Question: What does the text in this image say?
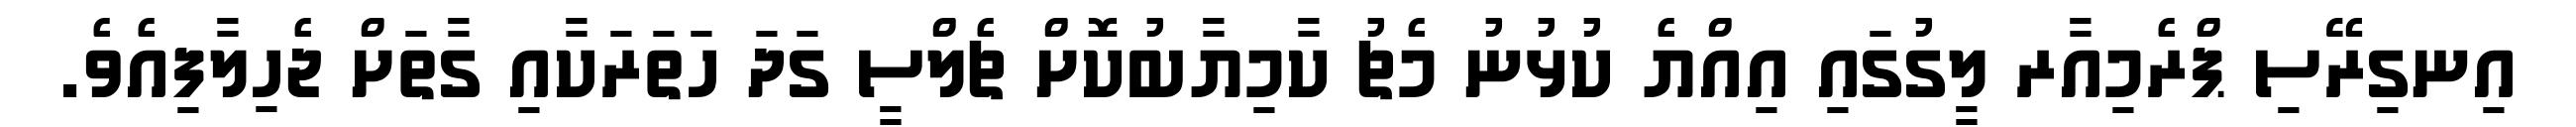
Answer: އިނގިރޭސި ޕްރެމިއާރ ލީގުގައި އިއްޔެ ކުޅުނު މެޗު ކާމިޔާބުކޮށް ޗެލްސީ ގަދަ ހަތަރަކާއި ގާތަށް ޖެހިލާފިއެވެ.